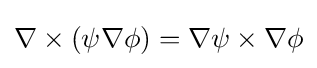
\nabla \times \left(\psi \nabla \phi \right)=\nabla \psi \times \nabla \phi